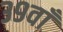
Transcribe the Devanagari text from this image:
३९वाँ